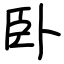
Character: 卧